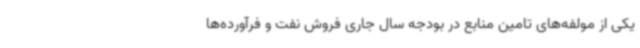
یکی از مولفه‌های تامین منابع در بودجه سال جاری فروش نفت و فرآورده‌ها